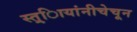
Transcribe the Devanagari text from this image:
स्त्र्िायांनीचेचून